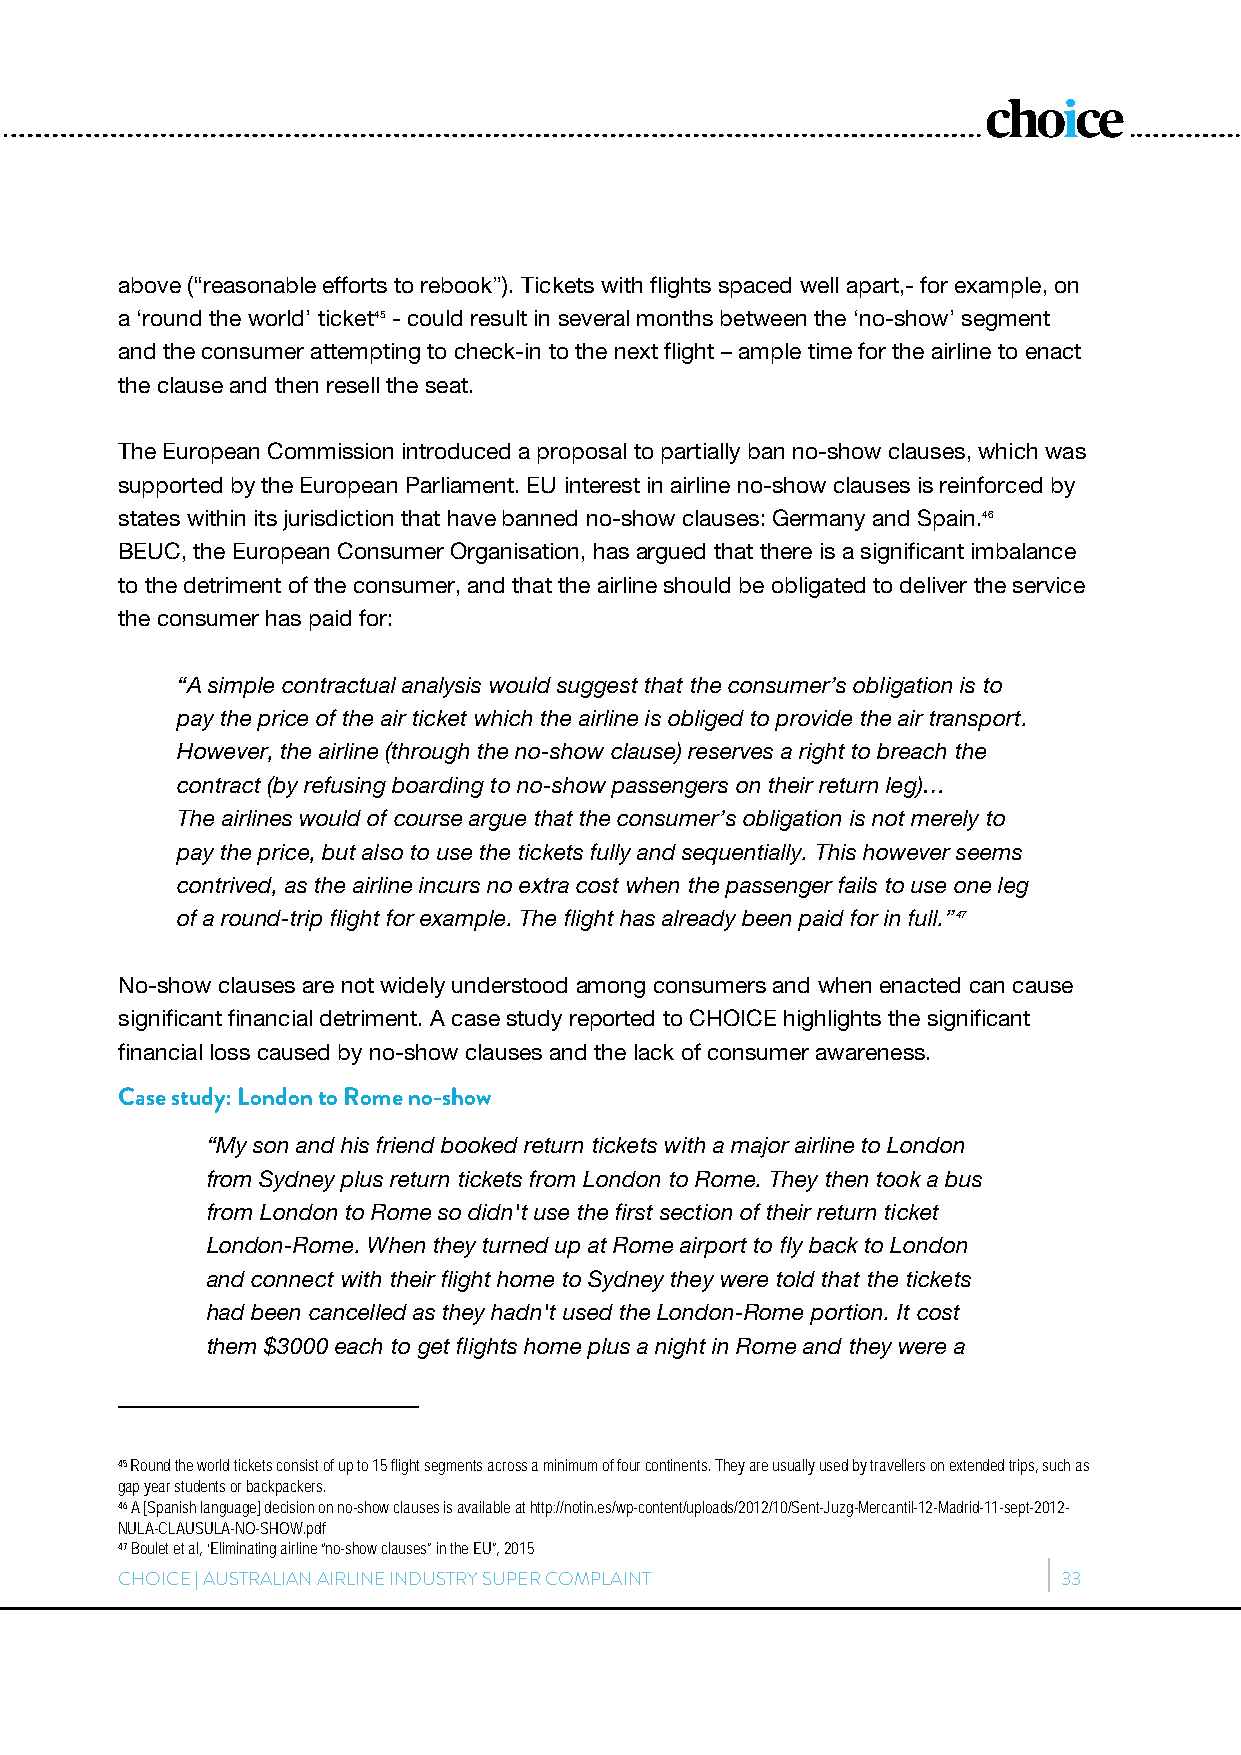
above (“reasonable efforts to rebook”). Tickets with flights spaced well apart,- for example, on
 a ‘round the world’ ticket45 - could result in several months between the ‘no-show’ segment
 and the consumer attempting to check-in to the next flight – ample time for the airline to enact
 the clause and then resell the seat.
 The European Commission introduced a proposal to partially ban no-show clauses, which was
 supported by the European Parliament. EU interest in airline no-show clauses is reinforced by
 states within its jurisdiction that have banned no-show clauses: Germany and Spain.46
 BEUC, the European Consumer Organisation, has argued that there is a significant imbalance
 to the detriment of the consumer, and that the airline should be obligated to deliver the service
 the consumer has paid for:
 “A simple contractual analysis would suggest that the consumer’s obligation is to
 pay the price of the air ticket which the airline is obliged to provide the air transport.
 However, the airline (through the no-show clause) reserves a right to breach the
 contract (by refusing boarding to no-show passengers on their return leg)…
 The airlines would of course argue that the consumer’s obligation is not merely to
 pay the price, but also to use the tickets fully and sequentially. This however seems
 contrived, as the airline incurs no extra cost when the passenger fails to use one leg
 of a round-trip flight for example. The flight has already been paid for in full.”47
 No-show clauses are not widely understood among consumers and when enacted can cause
 significant financial detriment. A case study reported to CHOICE highlights the significant
 financial loss caused by no-show clauses and the lack of consumer awareness.
 Case study: London to Rome no-show
 “My son and his friend booked return tickets with a major airline to London
 from Sydney plus return tickets from London to Rome. They then took a bus
 from London to Rome so didn't use the first section of their return ticket
 London-Rome. When they turned up at Rome airport to fly back to London
 and connect with their flight home to Sydney they were told that the tickets
 had been cancelled as they hadn't used the London-Rome portion. It cost
 them $3000 each to get flights home plus a night in Rome and they were a
 45 Round the world tickets consist of up to 15 flight segments across a minimum of four continents. They are usually used by travellers on extended trips, such as
 gap year students or backpackers.
 46 A [Spanish language] decision on no-show clauses is available at http://notin.es/wp-content/uploads/2012/10/Sent-Juzg-Mercantil-12-Madrid-11-sept-2012-
 NULA-CLAUSULA-NO-SHOW.pdf
 47 Boulet et al, ‘Eliminating airline “no-show clauses” in the EU”, 2015
 CHOICE | AUSTRALIAN AIRLINE INDUSTRY SUPER COMPLAINT          33